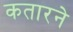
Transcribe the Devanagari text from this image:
कतारने